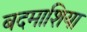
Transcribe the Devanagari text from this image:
बदमाशिया